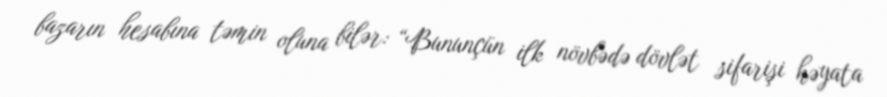
bazarın hesabına təmin oluna bilər: “Bununçün ilk növbədə dövlət sifarişi həyata